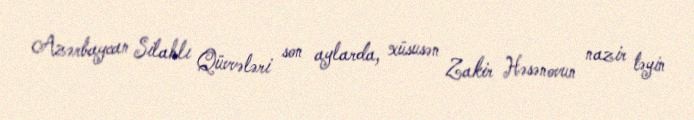
Azərbaycan Silahlı Qüvvələri son aylarda, xüsusən Zakir Həsənovun nazir təyin